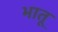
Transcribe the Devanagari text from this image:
भातू